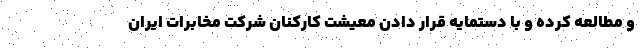
و مطالعه کرده و با دستمایه قرار دادن معیشت کارکنان شرکت مخابرات ایران